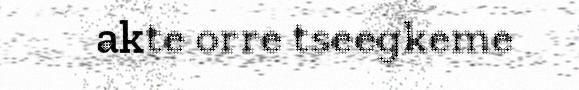
akte orre tseegkeme